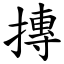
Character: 摶